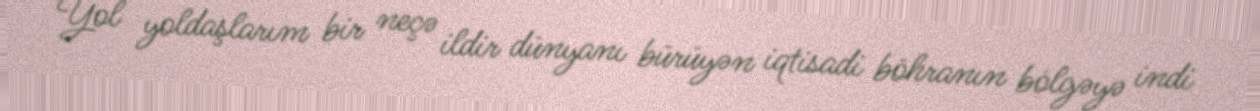
Yol yoldaşlarım bir neçə ildir dünyanı bürüyən iqtisadi böhranın bölgəyə indi